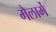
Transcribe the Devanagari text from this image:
मेलार्मे